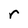
Character: r